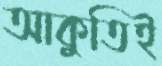
আকুতিই